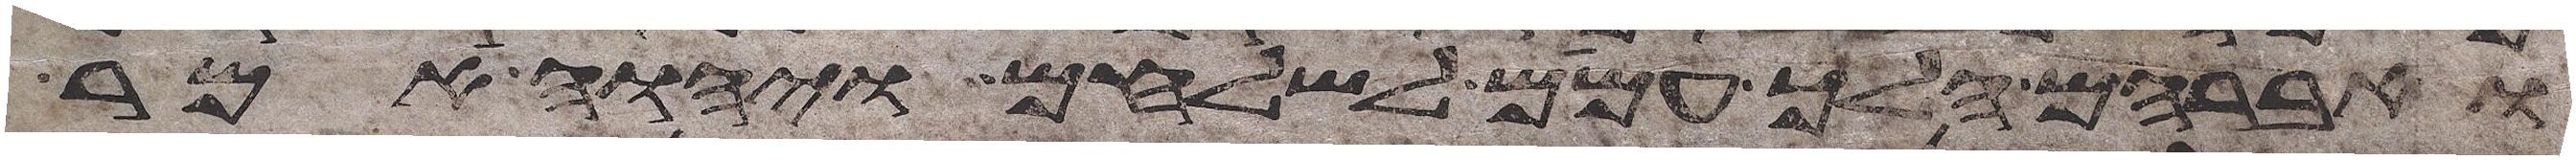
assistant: ואברהם הלך עמם לשלחם ויהוה אמר